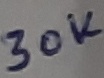
Text: 30K